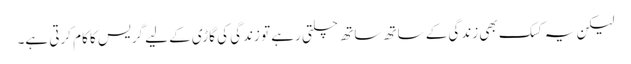
لیکن یہ کسک بھی زندگی کے ساتھ ساتھ چلتی رہے تو زندگی کی گاڑی کے لیے گریس کا کام کرتی ہے۔